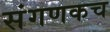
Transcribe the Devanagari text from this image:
संगणकच